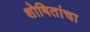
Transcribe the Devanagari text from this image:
शोषितांचा